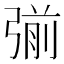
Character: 𭚿